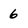
Character: 6